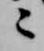
々